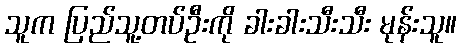
သူက ပြည်သူ့တပ်ဦးကို ခါးခါးသီးသီး မုန်းသူ။